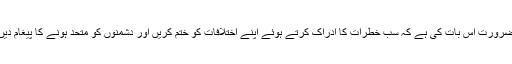
ضرورت اس بات کی ہے کہ سب خطرات کا ادراک کرتے ہوئے اپنے اختلافات کو ختم کریں اور دشمنوں کو متحد ہونے کا پیغام دیں۔